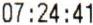
07:24:41